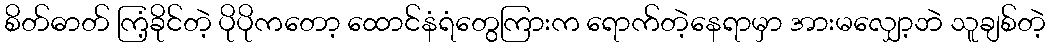
စိတ်ဓာတ် ကြံ့ခိုင်တဲ့ ပိုပိုကတော့ ထောင်နံရံတွေကြားက ရောက်တဲ့နေရာမှာ အားမလျှော့ဘဲ သူချစ်တဲ့